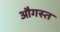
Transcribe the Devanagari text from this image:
औगस्त